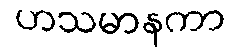
ဟသမာနကာ